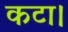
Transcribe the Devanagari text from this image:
कटा।